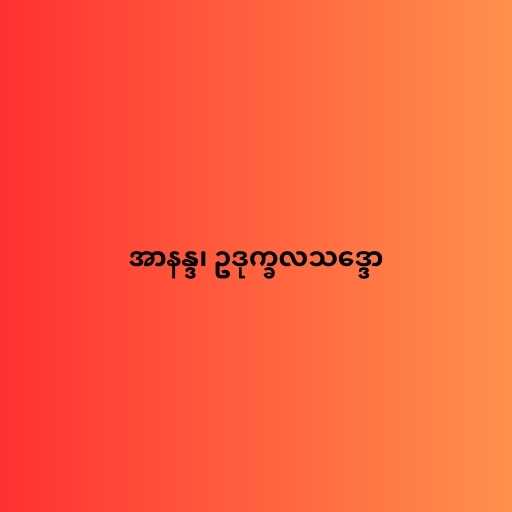
အာနန္ဒ၊ ဥဒုက္ခလသဒ္ဒော